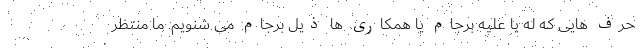
حرف هایی که له یا علیه برجام یا همکاری ها ذیل برجام می شنویم. ما منتظر